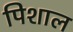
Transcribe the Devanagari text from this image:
पिशाल